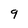
Character: 9